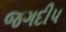
જગદીપ